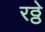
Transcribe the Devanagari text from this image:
रठ्ठे